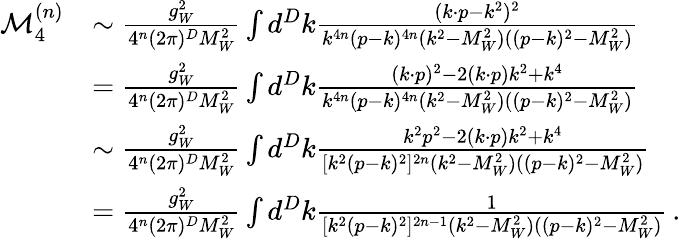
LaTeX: \begin{array}{rl}{\mathcal{M}_{4}^{(n)}}&{\sim\frac{g_{W}^{2}}{4^{n}(2\pi)^{D}M_{W}^{2}}\int d^{D}k\frac{(k\cdot p-k^{2})^{2}}{k^{4n}(p-k)^{4n}(k^{2}-M_{W}^{2})((p-k)^{2}-M_{W}^{2})}}\\ &{=\frac{g_{W}^{2}}{4^{n}(2\pi)^{D}M_{W}^{2}}\int d^{D}k\frac{(k\cdot p)^{2}-2(k\cdot p)k^{2}+k^{4}}{k^{4n}(p-k)^{4n}(k^{2}-M_{W}^{2})((p-k)^{2}-M_{W}^{2})}}\\ &{\sim\frac{g_{W}^{2}}{4^{n}(2\pi)^{D}M_{W}^{2}}\int d^{D}k\frac{k^{2}p^{2}-2(k\cdot p)k^{2}+k^{4}}{[k^{2}(p-k)^{2}]^{2n}(k^{2}-M_{W}^{2})((p-k)^{2}-M_{W}^{2})}}\\ &{=\frac{g_{W}^{2}}{4^{n}(2\pi)^{D}M_{W}^{2}}\int d^{D}k\frac{1}{[k^{2}(p-k)^{2}]^{2n-1}(k^{2}-M_{W}^{2})((p-k)^{2}-M_{W}^{2})}\, .}\end{array}